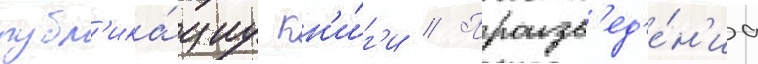
публ'ика́циу кн'и́г'и // Произв'ед'е́н'иа